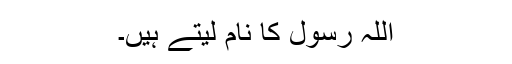
اللہ رسول کا نام لیتے ہیں۔